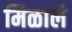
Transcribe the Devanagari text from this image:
मिळालेे